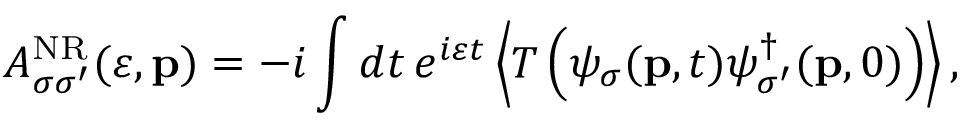
{ \cal A } _ { \sigma \sigma ^ { \prime } } ^ { \mathrm { N R } } ( \varepsilon , { \bf p } ) = - i \int d t \, e ^ { i \varepsilon t } \left\langle T \left( \psi _ { \sigma } ( { \bf p } , t ) \psi _ { \sigma ^ { \prime } } ^ { \dagger } ( { \bf p } , 0 ) \right) \right\rangle ,